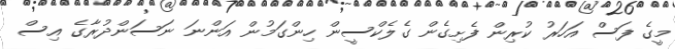
މީގެ ފަސް އަހަރު ކުރިން ފެށިގެން ގެލެކްސީން ހިންގަމުން އަންނަ ނަސަންދުރާގެ އިސް